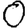
Digit: 0